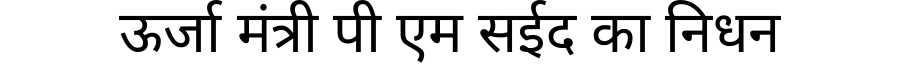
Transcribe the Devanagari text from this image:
ऊर्जा मंत्री पी एम सईद का निधन